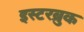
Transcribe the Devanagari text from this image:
इस्टरब्रुक